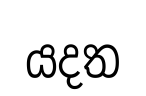
යදත